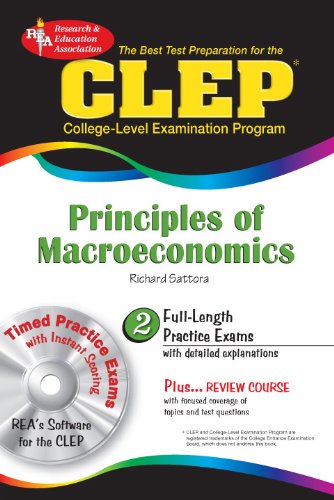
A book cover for CLEP Principles of Macroeconomics w/CD-ROM (CLEP Test Preparation); Richard Sattora; Test Preparation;